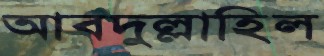
আবদুল্লাহিল